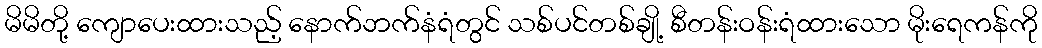
မိမိတို့ ကျောပေးထားသည့် နောက်ဘက်နံရံတွင် သစ်ပင်တစ်ချို့ စီတန်းဝန်းရံထားသော မိုးရေကန်ကို